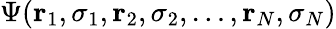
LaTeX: \Psi(\mathbf{r}_{1},{\sigma}_{1},\mathbf{r}_{2},{\sigma}_{2},\ldots,\mathbf{r}_{N},{\sigma}_{N})